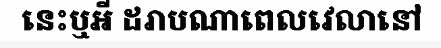
នេះឬអី ដរាបណាពេលវេលានៅ